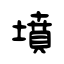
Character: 墳